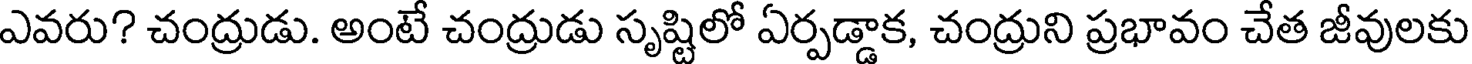
ఎవరు? చంద్రుడు. అంటే చంద్రుడు సృష్టిలో ఏర్పడ్డాక, చంద్రుని ప్రభావం చేత జీవులకు